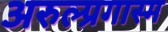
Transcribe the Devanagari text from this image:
अरुल्प्रगास्म